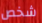
شخص